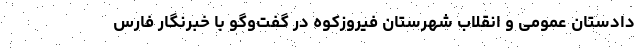
دادستان عمومی و انقلاب شهرستان فیروزکوه در گفت‌و‌گو با خبرنگار فارس